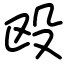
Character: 殴